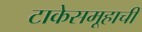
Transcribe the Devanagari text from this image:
टाकेसमूहाची